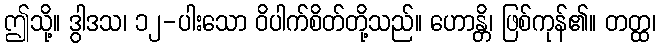
ဤသို့။ ဒွါဒသ၊ ၁၂-ပါးသော ဝိပါက်စိတ်တို့သည်။ ဟောန္တိ၊ ဖြစ်ကုန်၏။ တတ္ထ၊